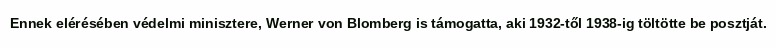
Ennek elérésében védelmi minisztere, Werner von Blomberg is támogatta, aki 1932-től 1938-ig töltötte be posztját.